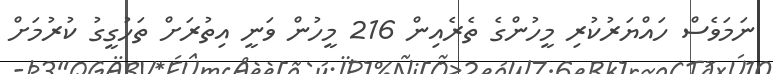
ނަމަވެސް ހައްޔަރުކުރި މީހުންގެ ތެރެއިން 216 މީހުން ވަނީ އިތުރަށް ތަހުގީގު ކުރުމަށް